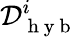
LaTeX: \mathcal{D}_{\mathrm{~h~y~b~}}^{i}